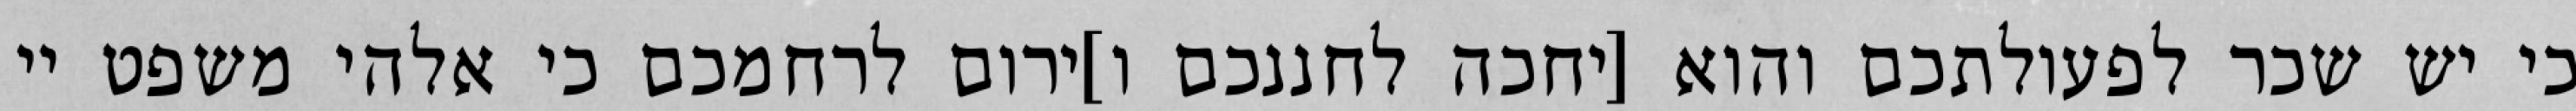
כי יש שכר לפעולתכם והוא [יחכה לחננכם ו]ירום לרחמכם כי אלהי משפט יי